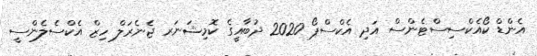
އެންޑް ކޯއެކްސިސްޓެންސް އަދި އެކްސްޕޯ 2020 ދުބާއީގެ ކޮމިޝަނަރ ޖެނެރަލް ހިޒް އެކްސެލެންސީ